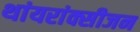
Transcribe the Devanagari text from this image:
थांयरांक्सीजन